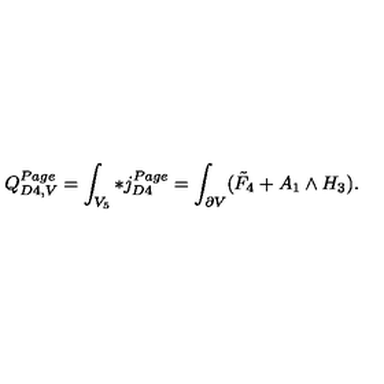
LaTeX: Q _ { D 4 , V } ^ { P a g e } = \int _ { V _ { 5 } } * j _ { D 4 } ^ { P a g e } = \int _ { \partial V } ( \tilde { F } _ { 4 } + A _ { 1 } \wedge H _ { 3 } ) .